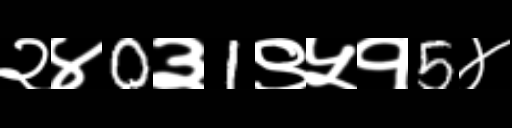
Text: २४0३1९५१5४